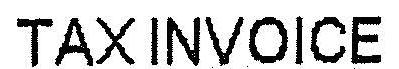
TAXINVOICE